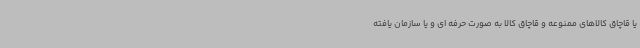
یا قاچاق کالاهای ممنوعه و قاچاق کالا به صورت حرفه ای و یا سازمان یافته